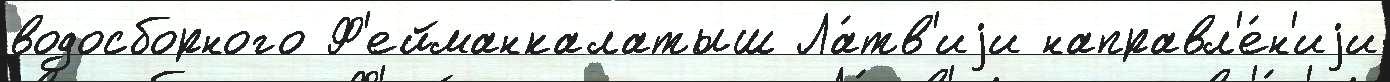
водосборного Ф'ейманкалатыш Ла́тв'иjи направл'е́н'иjи